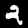
Digit: 2